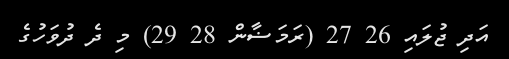
އަދި ޖުލައި 26 27 (ރަމަޟާން 28 29) މި ދެ ދުވަހުގެ